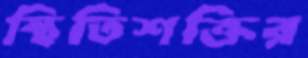
স্থিতিশক্তির